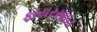
ફાયરસાઇડ